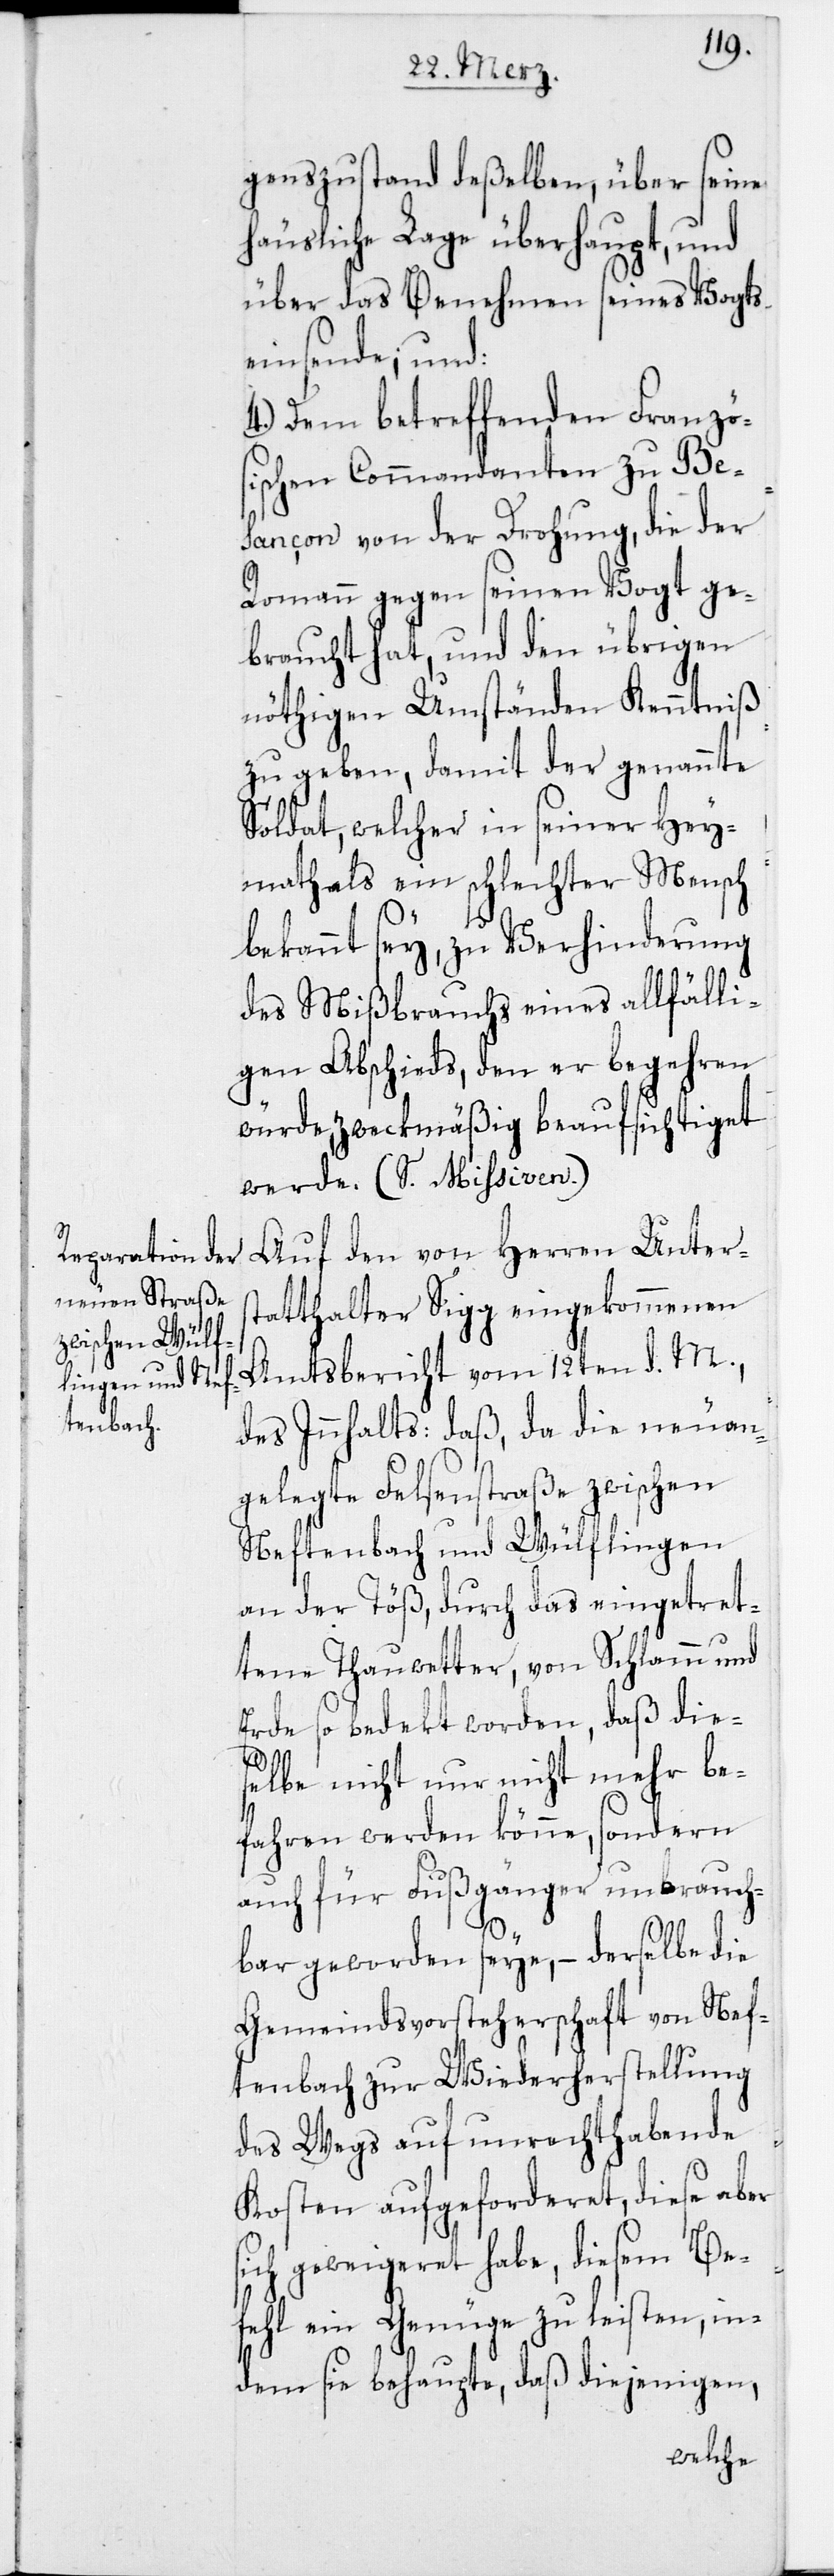
genszustand deßelben, über seine
häusliche Lage überhaupt, und
über das Benehmen seines Vogts
einsende; und:
4.) Dem betreffenden Französ¬
ischen Commandanten zu Be¬
sançon von der Drohung, die der
Romann gegen seinen Vogt ge¬
braucht hat, und den übrigen
nöthigen Umständen Kenntniß
zu geben, damit der genannte
Soldat, welcher in seiner Hey¬
math als ein schlechter Mensch
bekannt sey, zu Verhinderung
des Mißbrauchs eines allfähli¬
gen Abschieds, den er begehren
würde, zweckmäßig beaufsichtiget
werde (s. Missiven).
Auf den von Herren Unters¬
tatthalter Sigg eingekommenen
Amtsbericht vom 12ten d. M.,
des Innhalts: daß, da die neu an¬
gelegte Felsenstraße zwischen
Neftenbach und Wülflingen
an der Töß, durch das eingetret¬
tene Thauwetter, von Schlamm und
Erde so bedekt worden, daß die¬
selbe nicht nur nicht mehr be¬
fahren werden könne, sondern
auch für Fußgänger unbrauch¬
bar geworden seye, – derselbe die
Gemeindsvorsteherschaft von Nef¬
tenbach zur Wiederherstellung
des Wegs auf unrechthabende
Kosten aufgeforderet, diese aber
sich geweigeret habe, diesem Be¬
fehl ein Genüge zu leisten, in¬
dem sie behaupte, daß diejenigen,